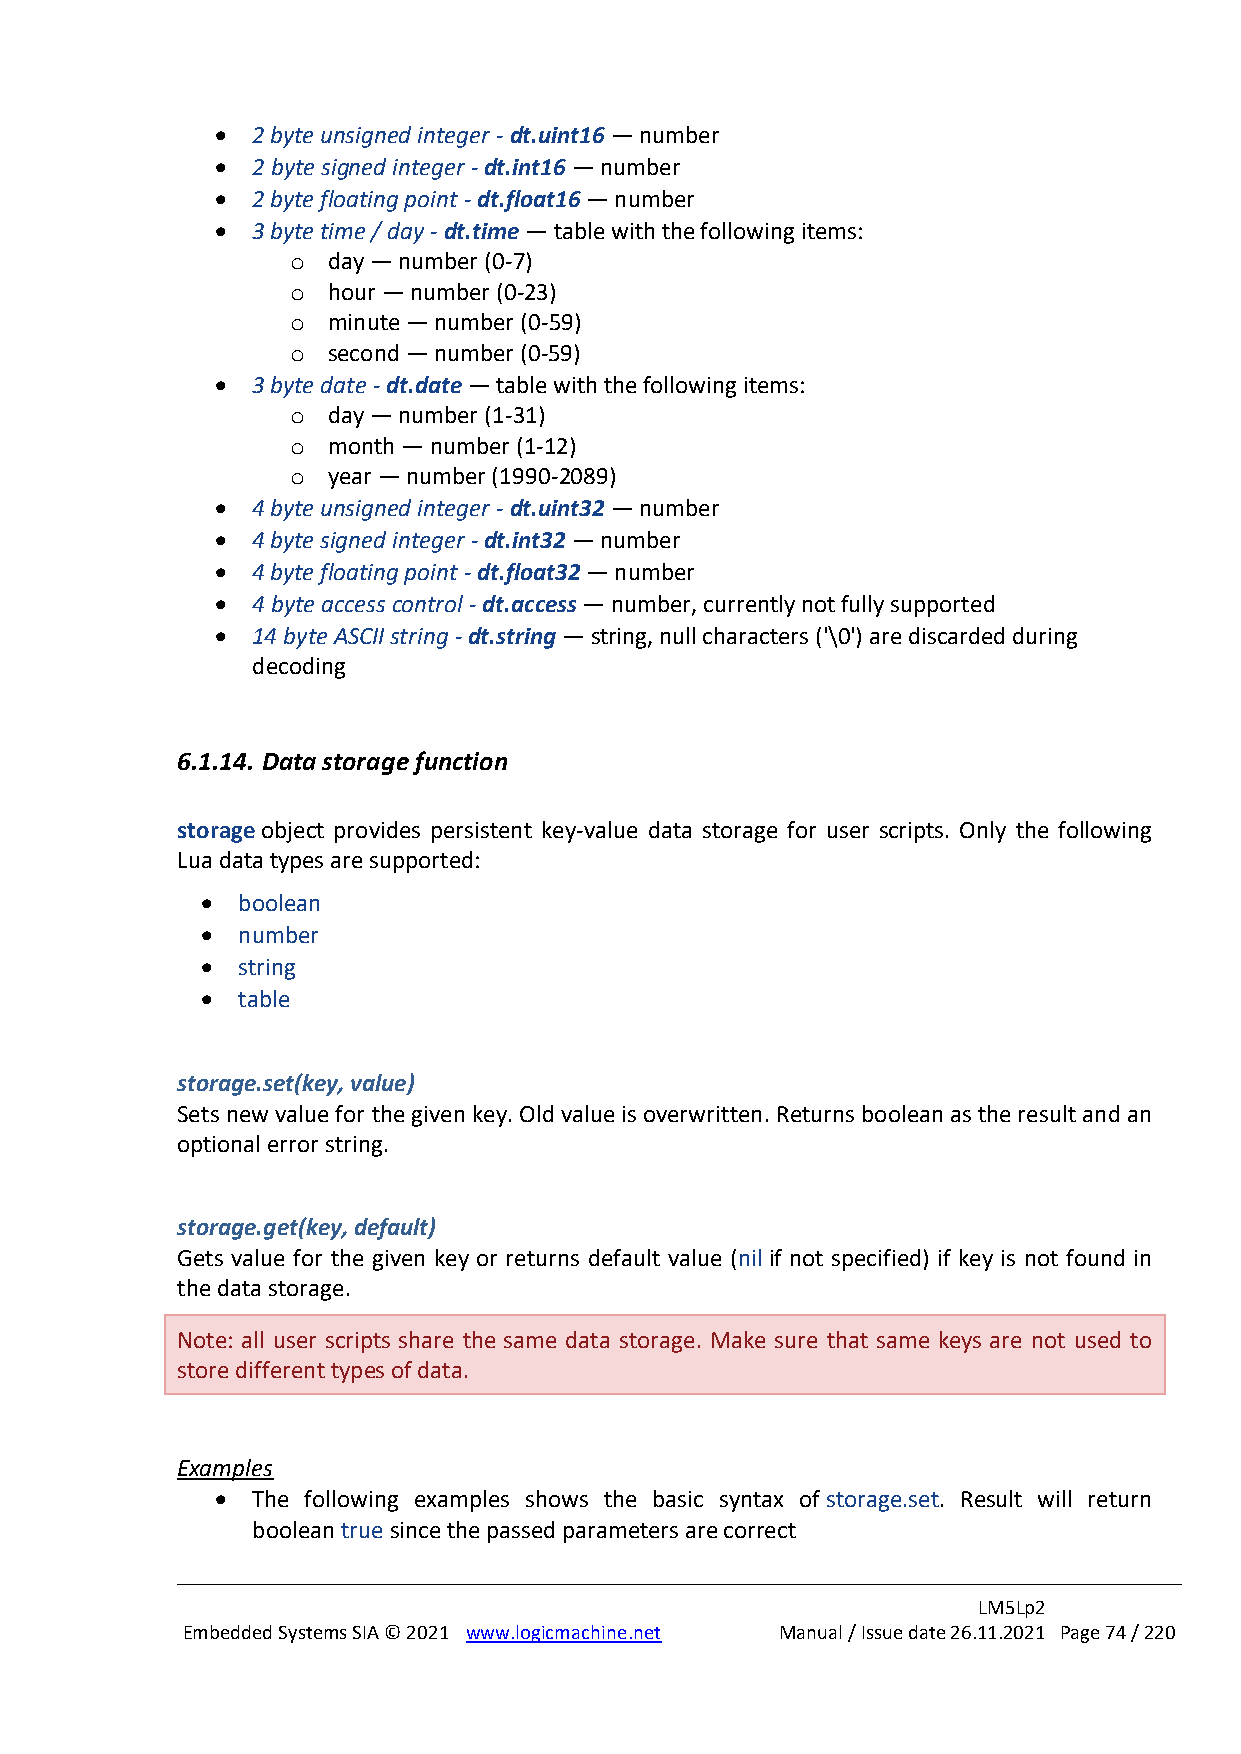
•  2 byte unsigned integer - dt.uint16 — number
 •  2 byte signed integer - dt.int16 — number
 •  2 byte floating point - dt.float16 — number
 •  3 byte time / day - dt.time — table with the following items:
 o  day — number (0-7)
 o  hour — number (0-23)
 o  minute — number (0-59)
 o  second — number (0-59)
 •  3 byte date - dt.date — table with the following items:
 o  day — number (1-31)
 o  month — number (1-12)
 o  year — number (1990-2089)
 •  4 byte unsigned integer - dt.uint32 — number
 •  4 byte signed integer - dt.int32 — number
 •  4 byte floating point - dt.float32 — number
 •  4 byte access control - dt.access — number, currently not fully supported
 •  14 byte ASCII string - dt.string — string, null characters ('\0') are discarded during
 decoding
 6.1.14. Data storage function
 storage object provides persistent key-value data storage for user scripts. Only the following
 Lua data types are supported:
 •  boolean
 •  number
 •  string
 •  table
 storage.set(key, value)
 Sets new value for the given key. Old value is overwritten. Returns boolean as the result and an
 optional error string.
 storage.get(key, default)
 Gets value for the given key or returns default value (nil if not specified) if key is not found in
 the data storage.
 Note: all user scripts share the same data storage. Make sure that same keys are not used to
 store different types of data.
 Examples
 •  The following examples shows the basic syntax of storage.set. Result will return
 boolean true since the passed parameters are correct
 LM5Lp2
 Embedded Systems SIA © 2021 www.logicmachine.net Manual / Issue date 26.11.2021 Page 74 / 220